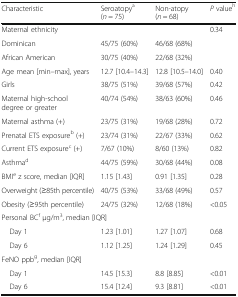
<table><thead><tr><td><b>Characteristic</b></td><td><b>Seroatopy<sup>a</sup>(<i>n</i> = 75)</b></td><td><b>Non-atopy(<i>n</i> = 68)</b></td><td><b><i>P</i> value<sup>h</sup></b></td></tr></thead><tbody><tr><td>Maternal ethnicity</td><td></td><td></td><td>0.34</td></tr><tr><td>Dominican</td><td>45/75 (60%)</td><td>46/68 (68%)</td><td></td></tr><tr><td>African American</td><td>30/75 (40%)</td><td>22/68 (32%)</td><td></td></tr><tr><td>Age mean [min–max], years</td><td>12.7 [10.4–14.3]</td><td>12.8 [10.5–14.0]</td><td>0.40</td></tr><tr><td>Girls</td><td>38/75 (51%)</td><td>39/68 (57%)</td><td>0.42</td></tr><tr><td>Maternal high-school degree or greater</td><td>40/74 (54%)</td><td>38/63 (60%)</td><td>0.46</td></tr><tr><td>Maternal asthma (+)</td><td>23/75 (31%)</td><td>19/68 (28%)</td><td>0.72</td></tr><tr><td>Prenatal ETS exposure<sup>b</sup> (+)</td><td>23/74 (31%)</td><td>22/67 (33%)</td><td>0.62</td></tr><tr><td>Current ETS exposure<sup>c</sup> (+)</td><td>7/67 (10%)</td><td>8/60 (13%)</td><td>0.82</td></tr><tr><td>Asthma<sup>d</sup></td><td>44/75 (59%)</td><td>30/68 (44%)</td><td>0.08</td></tr><tr><td>BMI<sup>e</sup> z score, median [IQR]</td><td>1.15 [1.43]</td><td>0.91 [1.35]</td><td>0.28</td></tr><tr><td>Overweight (≥85th percentile)</td><td>40/75 (53%)</td><td>33/68 (49%)</td><td>0.57</td></tr><tr><td>Obesity (≥95th percentile)</td><td>24/75 (32%)</td><td>12/68 (18%)</td><td>&lt;0.05</td></tr><tr><td colspan="4">Personal BC<sup>f</sup> μg/m<sup>3</sup>, median [IQR]</td></tr><tr><td> Day 1</td><td>1.23 [1.01]</td><td>1.27 [1.07]</td><td>0.68</td></tr><tr><td> Day 6</td><td>1.12 [1.25]</td><td>1.24 [1.29]</td><td>0.45</td></tr><tr><td colspan="4">FeNO ppb<sup>g</sup>, median [IQR]</td></tr><tr><td> Day 1</td><td>14.5 [15.3]</td><td>8.8 [8.85]</td><td>&lt;0.01</td></tr><tr><td> Day 6</td><td>15.4 [12.4]</td><td>9.3 [8.81]</td><td>&lt;0.01</td></tr></tbody></table>